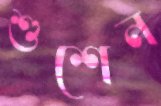
শুশেন